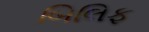
બિલિફ